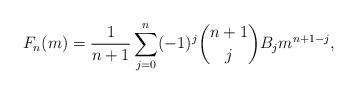
LaTeX: \begin{align*}F_n(m) = \frac{1}{n+1}\sum\limits_{j=0}^n(-1)^j \binom{n+1}{j} B_j m^{n+1-j},\end{align*}